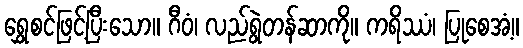
ရွှေစင်ဖြင့်ပြီးသော။ ဂီဝံ၊ လည်ရွဲတန်ဆာကို။ ကရိဿံ၊ ပြုစေအံ့။